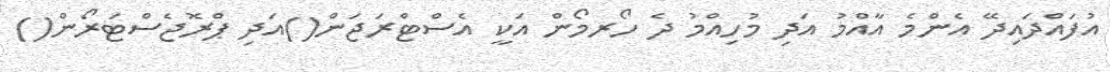
އުފައްދައިދޭ އެންމެ އާއްމު އަދި މުހިއްމު ދެ ހޯރމޯން އަކީ އެސްޓްރަޖަން()އަދި ޕްރޮޖެސްޓަރޯން()